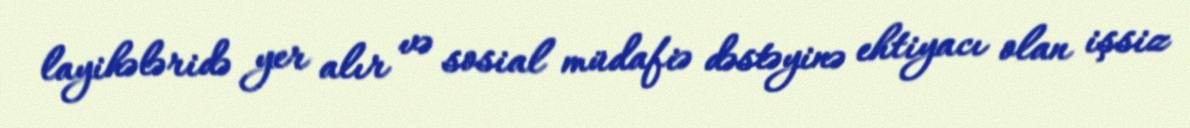
layihələridə yer alır və sosial müdafiə dəstəyinə ehtiyacı olan işsiz